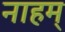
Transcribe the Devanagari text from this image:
नाहम्